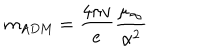
m _ { \mathrm { A D M } } = \frac { 4 \pi v } { e } \frac { \mu _ { \infty } } { \alpha ^ { 2 } }